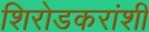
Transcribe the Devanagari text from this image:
शिरोडकरांशी